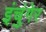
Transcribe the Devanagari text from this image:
इंचुंगेर